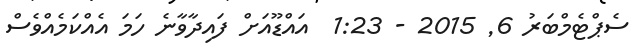
ސެޕްޓެމްބަރު 6